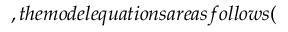
, t h e m o d e l e q u a t i o n s a r e a s f o l l o w s (